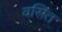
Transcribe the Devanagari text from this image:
वसित